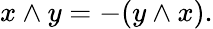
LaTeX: x\wedge y=-(y\wedge x).